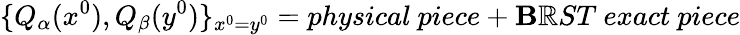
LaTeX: \{ Q_{\alpha}(x^{0}),Q_{\beta}(y^{0})\} _{x^{0}=y^{0}}=physical\ piece+\mathbf{B}\mathbb{R}ST\ exact\ piece